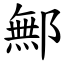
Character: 鄦